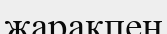
жарақпен